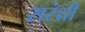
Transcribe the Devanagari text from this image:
सरंध्री